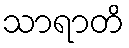
သာရာတိ